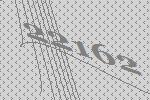
22162